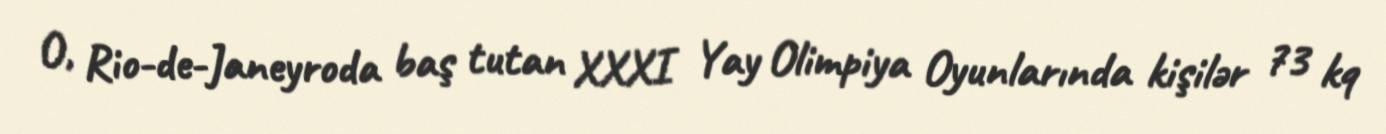
O, Rio-de-Janeyroda baş tutan XXXI Yay Olimpiya Oyunlarında kişilər 73 kq